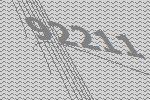
92211